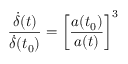
\frac { \dot { \delta } ( t ) } { \dot { \delta } ( t _ { 0 } ) } = \bigg [ \frac { a ( t _ { 0 } ) } { a ( t ) } \bigg ] ^ { 3 }